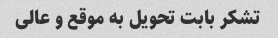
تشکر بابت تحویل به موقع و عالی